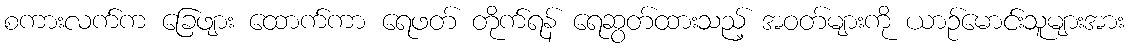
စကားလက်က ခြေဖျား ထောက်ကာ ရေဖတ် တိုက်ရန် ရေဆွတ်ထားသည့် အဝတ်များကို ယာဉ်မောင်းသူများအား